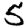
Digit: 5